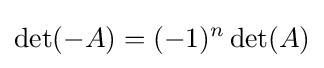
\det(-A)=(-1)^{n}\det(A)